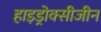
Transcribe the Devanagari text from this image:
हाइड्रोक्सीजीन